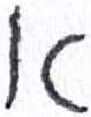
אות: א